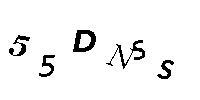
55DNSS